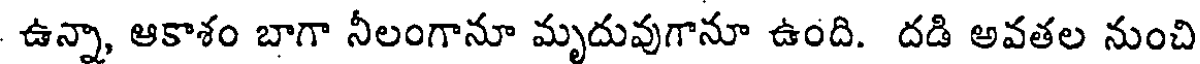
ఉన్నా, ఆకాశం బాగా నీలంగానూ మృదువుగానూ ఉంది. దడి అవతల నుంచి